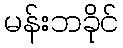
မန်းဘခိုင်